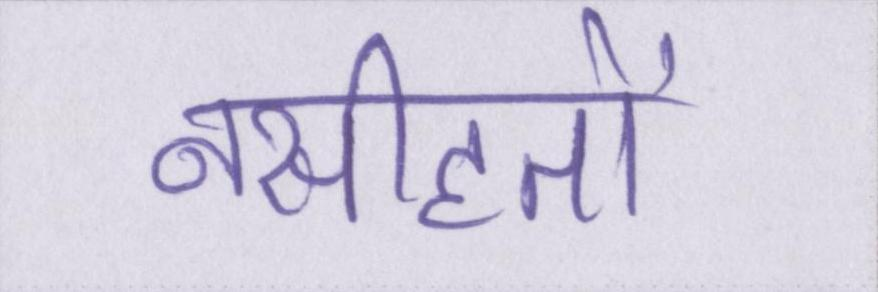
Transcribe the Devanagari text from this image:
नसीहतों